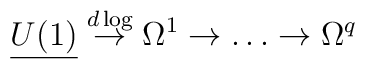
{\underline {U(1)}} \stackrel{d\log}{\to} \Omega^1 \to \dots \to \Omega^q